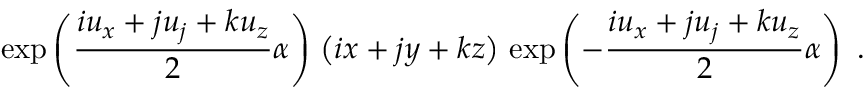
\exp \left( \frac { i u _ { x } + j u _ { j } + k u _ { z } } { 2 } \alpha \right) \, \left( i x + j y + k z \right) \, \exp \left( - \frac { i u _ { x } + j u _ { j } + k u _ { z } } { 2 } \alpha \right) ~ .